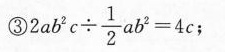
③ $$2 a b ^ { 2 } c \div \frac { 1 } { 2 } a b ^ { 2 } = 4 c$$ ；